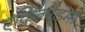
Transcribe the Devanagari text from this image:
एकिनोडर्मा